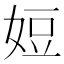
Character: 㛒